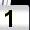
Digit: 1